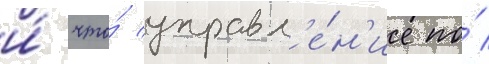
и́ что́ управл'е́н'ие по́